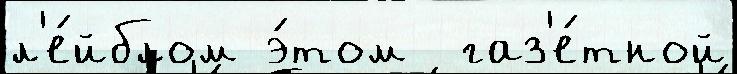
л'е́йблом э́том  газ'е́тной